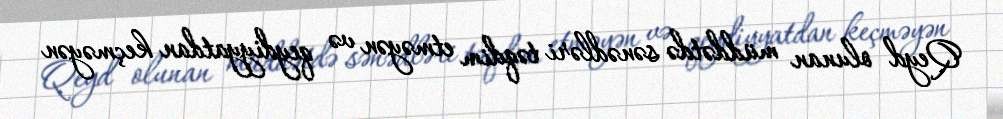
Qeyd olunan müddətdə sənədləri təqdim etməyən və qeydiyyatdan keçməyən